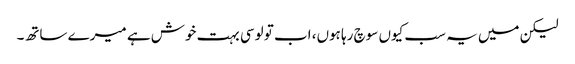
لیکن میں یہ سب کیوں سوچ رہا ہوں، اب تو لوسی بہت خوش ہے میرے ساتھ۔